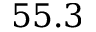
5 5 . 3